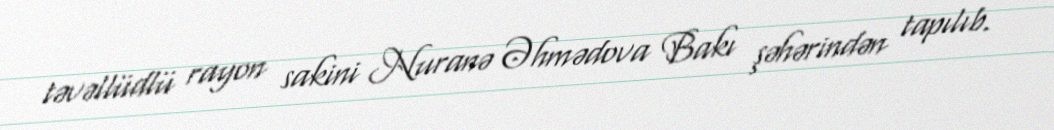
təvəllüdlü rayon sakini Nuranə Əhmədova Bakı şəhərindən tapılıb.